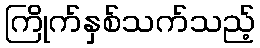
ကြိုက်နှစ်သက်သည့်